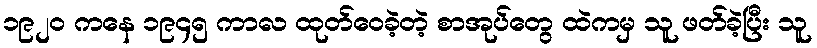
၁၉၂၀ ကနေ ၁၉၄၅ ကာလ ထုတ်ဝေခဲ့တဲ့ စာအုပ်တွေ ထဲကမှ သူ ဖတ်ခဲ့ပြီး သူ